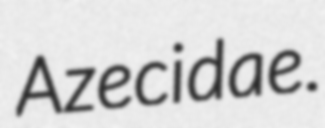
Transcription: Azecidae.